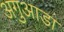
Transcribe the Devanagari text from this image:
अगुआडा